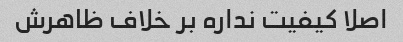
اصلا کیفیت نداره بر خلاف ظاهرش